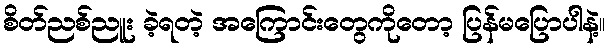
စိတ်ညစ်ညူး ခဲ့ရတဲ့ အကြောင်းတွေကိုတော့ ပြန်မပြောပါနဲ့။